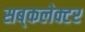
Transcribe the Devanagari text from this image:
सब्‌कलेक्टर